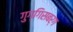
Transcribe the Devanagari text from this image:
गुग्गिसबर्ग